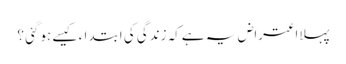
پہلااعتراض یہ ہےکہ زندگی کی ابتدا ء کیسے ہوگئی ؟